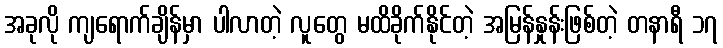
အခုလို ကျရောက်ချိန်မှာ ပါလာတဲ့ လူတွေ မထိခိုက်နိုင်တဲ့ အမြန်နှုန်းဖြစ်တဲ့ တနာရီ ၁၇